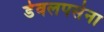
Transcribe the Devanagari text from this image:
डेवलपर्सना